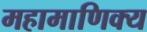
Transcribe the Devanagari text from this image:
महामाणिक्य